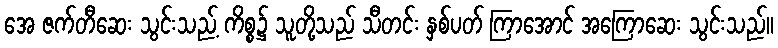
အေ ဇက်တီဆေး သွင်းသည့် ကိစ္စ၌ သူတို့သည် သီတင်း နှစ်ပတ် ကြာအောင် အကြောဆေး သွင်းသည်။